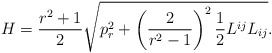
\begin{align*}H=\frac{r^2+1}2\sqrt{p_r^2+\left( \frac 2{r^2-1}\right) ^2\frac12L^{ij}L_{ij}}.\end{align*}